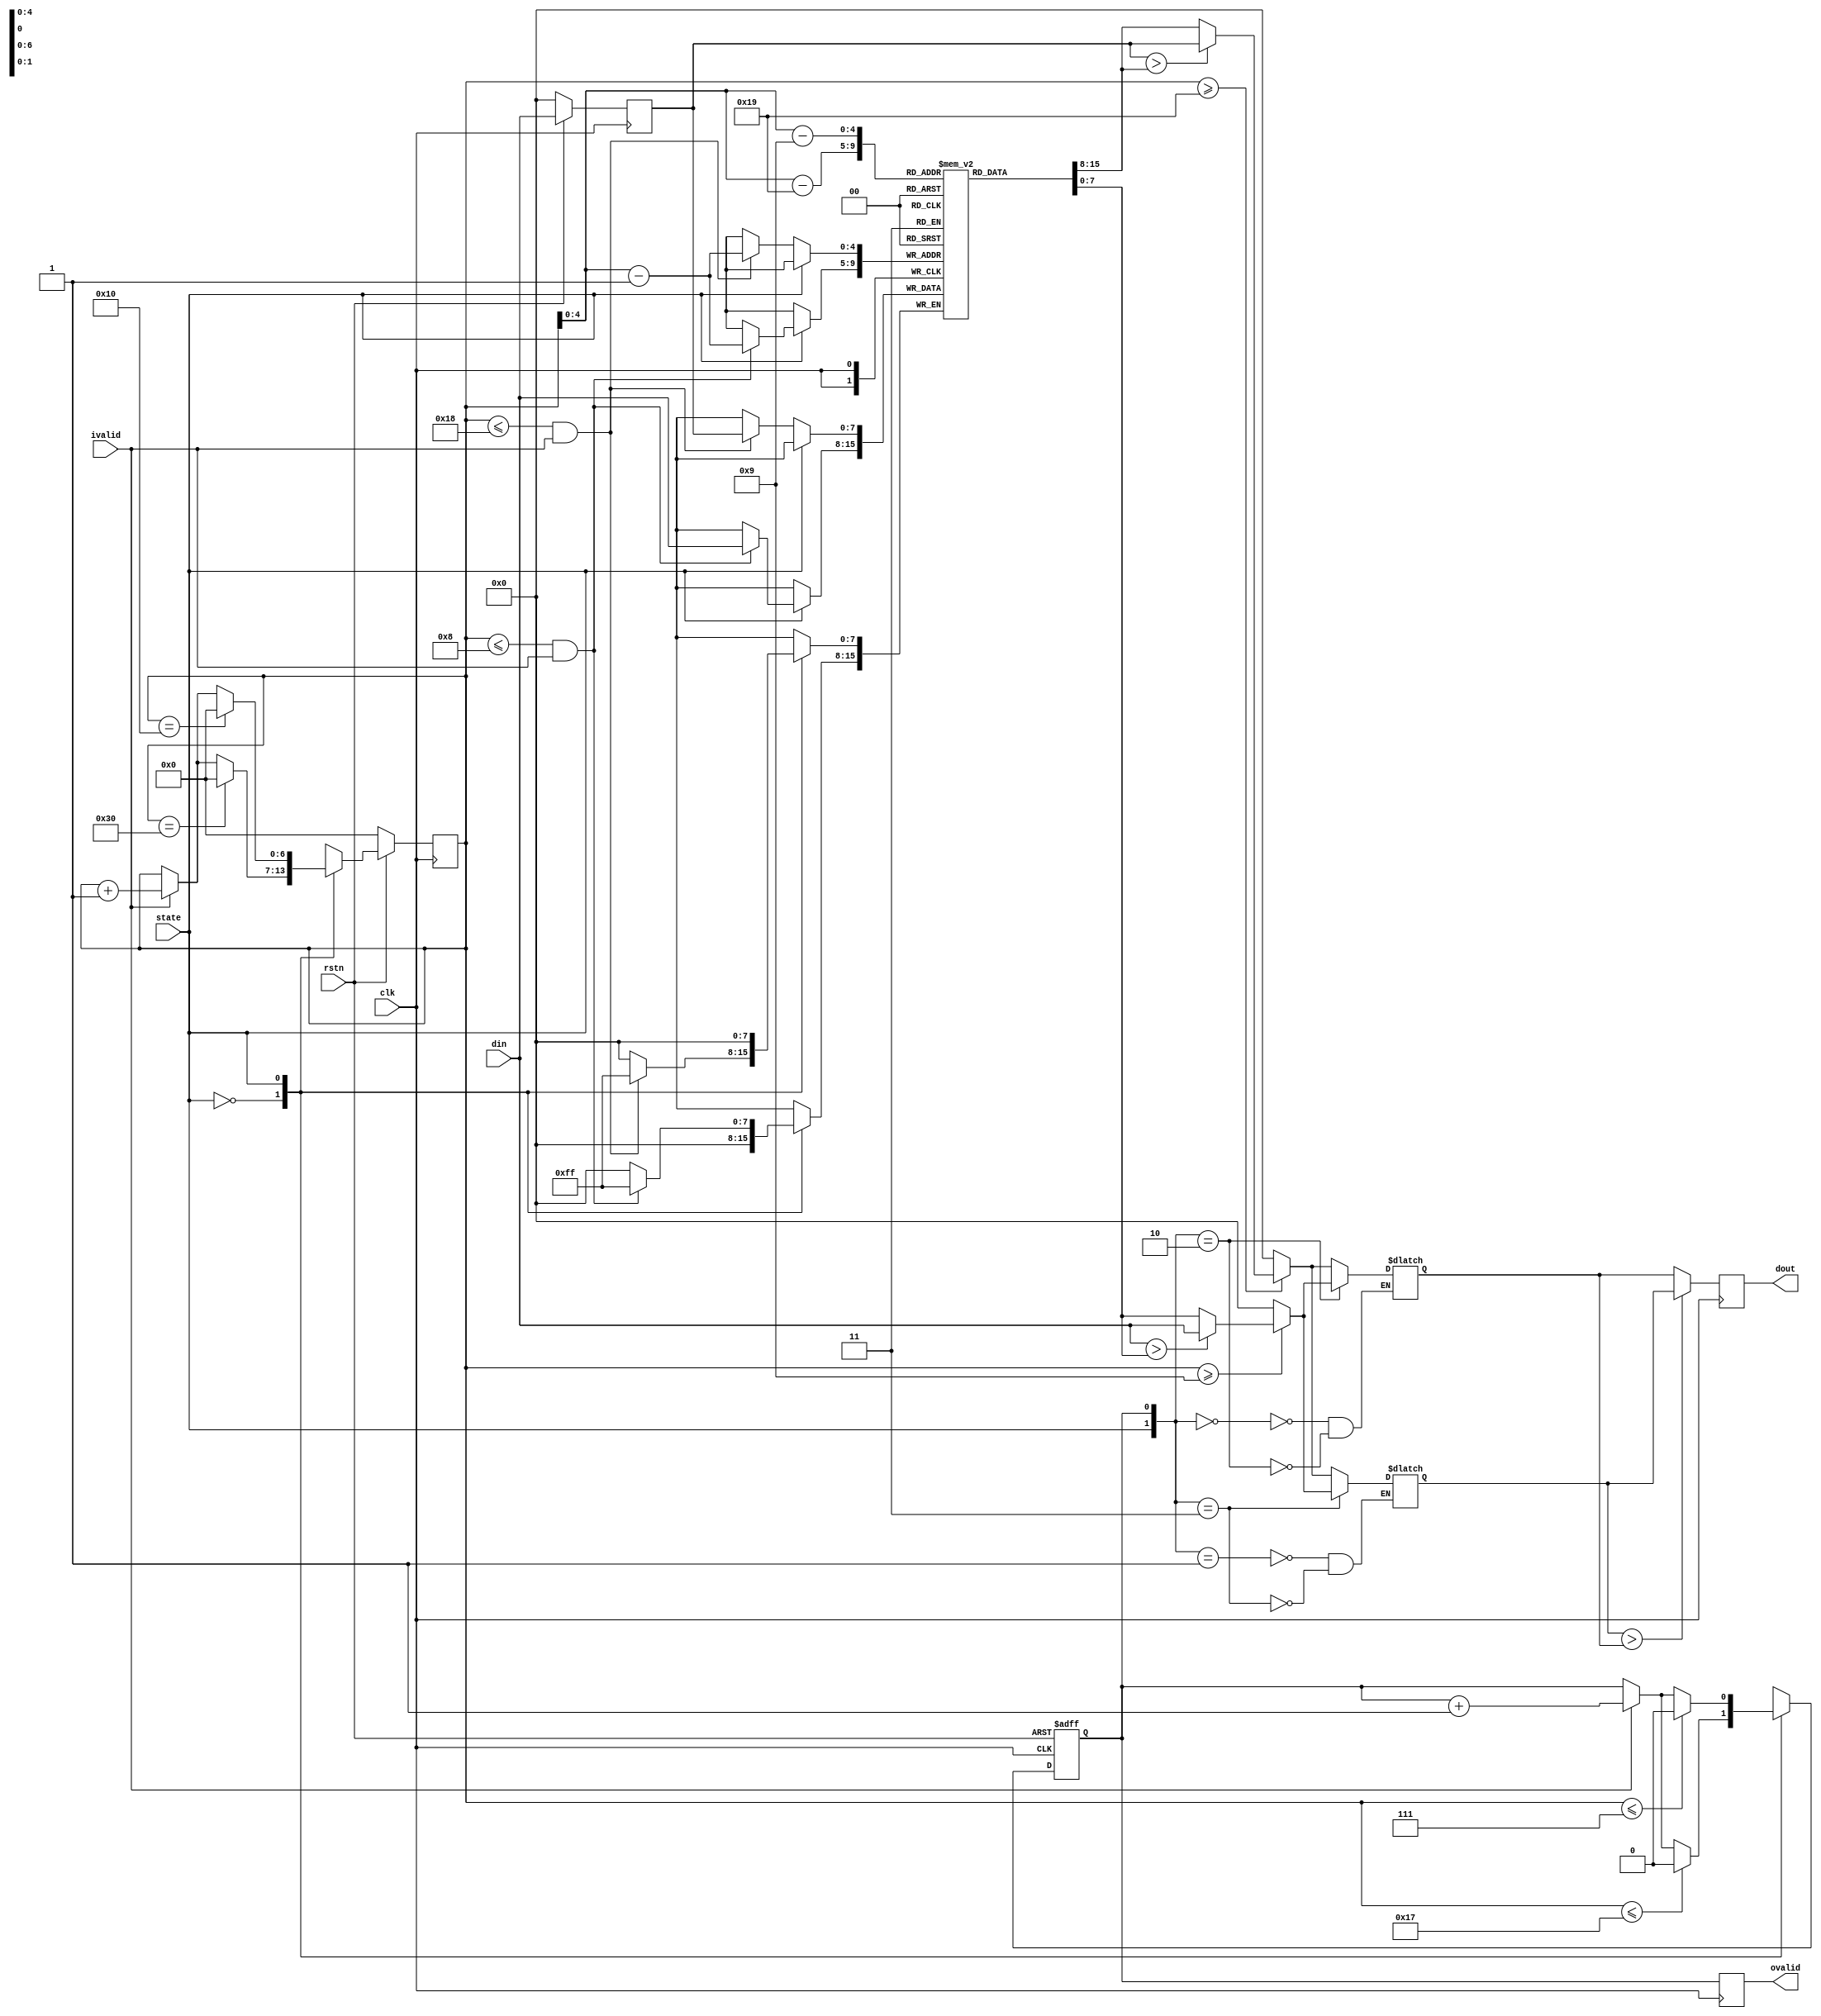
// This program was cloned from: https://github.com/XueTianyu24/cnn_accelerator
// License: MIT License

module maxpooling
(
    input  clk,
    input  rstn,
    input  ivalid,      // ???????,?????
    input  state,       // 0: ???24*24; 1: 8*8
    input  [7:0] din,   // ???? 8bit
    output ovalid,      // ???????
    output [7:0] dout   // ???? 
);

	reg [7:0] data [0:23];  // ??????,????? 24 or 8
	reg [6:0] ptr;
	reg cnt;                //??0???????????data_reg_0,??1???????????data_reg_1
	reg [7:0] data_reg_0;
	reg [7:0] data_reg_1;
	reg [7:0] dout_r;
	reg wren;

	// ????
	reg [7:0] din_delay;
	always@(posedge clk)
	if(!rstn)
		din_delay <= 0;
	else
		din_delay <= din;
	// ????????,??2?
	always@(posedge clk)begin
		if(!rstn)
			ptr <= 7'b0000000;
		else
			case(state)
				1'b0:begin
					if(ptr == 7'd48)
						ptr <= 7'd0;
					else 
						if(!ivalid)
							ptr <= ptr;
						else
							ptr <= ptr + 7'd1;
					end
				1'b1:begin
					if(ptr == 7'd16)
						ptr <= 7'd0;
					else 
						if(!ivalid)
							ptr <= ptr;
						else
							ptr <= ptr + 7'd1;
					end               
			endcase
	end
	
	// ???,?????????
	always@(posedge clk or negedge rstn)begin
	if(!rstn)
		cnt <= 0;
	else
		case(state)
			1'b0:begin
					if(ptr <= 7'd23)
						cnt <= 0;
					else
						if(ivalid)
							cnt <= cnt + 1'b1;
						else
							cnt <= cnt;
				end
			1'b1:begin
					if(ptr <= 7'd7)
						cnt <= 0;
					else
						if(ivalid)
							cnt <= cnt + 1'b1;
						else
							cnt <= cnt;
				end
		endcase
	end
	// ??????
	always@(posedge clk)
	begin
		case(state)
		1'b0:begin
			if(ptr <= 7'd24 && ivalid)
				data[ptr-1] <= din_delay;
			end
		1'b1:begin
			if(ptr <= 7'd8 && ivalid) 
				data[ptr-1] <= din;
			end          
		endcase   
	end
	// ????????????????,?????
	always@(*)
	begin
		case({state,cnt})
		2'b00:begin
			if(ptr >= 7'd25)
			begin
				if(din_delay>data[ptr-7'd25])
					data_reg_1 <= din_delay;
				else
					data_reg_1 <= data[ptr-7'd25];
			end
			else
				data_reg_1 <= 0;
			end
		2'b01:begin
			if(ptr >= 7'd25)
			begin
				if(din_delay>data[ptr-7'd25])
					data_reg_0 <= din_delay;
				else
					data_reg_0 <= data[ptr-7'd25];
			end
			else
				data_reg_0 <= 0;
			end
		2'b10:begin
			if(ptr >= 7'd9)
			begin
				if(din>data[ptr-7'd9])
					data_reg_1 <= din;
				else
					data_reg_1 <= data[ptr-7'd9];
			end
			else
				data_reg_1 <= 0;
			end
		2'b11:begin
			if(ptr >= 7'd9)
			begin
				if(din>data[ptr-7'd9])
					data_reg_0 <= din;
				else
					data_reg_0 <= data[ptr-7'd9];
			end
			else
				data_reg_0 <= 0;
			end 
		default:begin
				data_reg_0 <= 0; 
				data_reg_1 <= 0;
				end         
		endcase
	end
	
	// ??????
	always@(posedge clk)begin
		wren <= cnt;
	end

	// reg0 ? reg1 ??,?????
	always@(posedge clk)begin
		if(data_reg_0 > data_reg_1)
			dout_r <= data_reg_0;
		else
			dout_r <= data_reg_1;
	end
	
	assign ovalid = wren; // ????
	assign dout   = dout_r; // ???(????)
	
endmodule